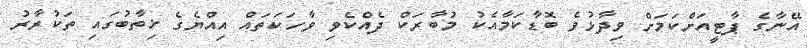
އޭނާގެ ޕާޓީއަށްކަމަށް ވިދާޅުވެ ބޮޑާކަމާއެކު މުބާރަކް ދެއްކެވި ވާހަކަތައް އިއްޔެގެ ޚިތާބުގައި ތަކުރާރު